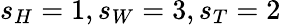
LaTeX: s_{H}=1,s_{W}=3,s_{T}=2